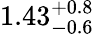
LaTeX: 1.43_{-0.6}^{+0.8}